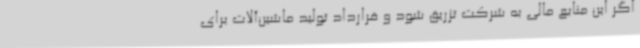
اگر این منابع مالی به شرکت تزریق شود و قرارداد تولید ماشین‌آلات برای